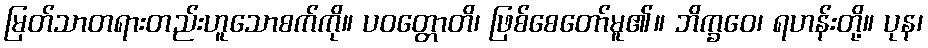
မြတ်သာတရားတည်းဟူသောစက်ကို။ ပဝတ္တောတိ၊ ဖြစ်စေတော်မူ၏။ ဘိက္ခဝေ၊ ရဟန်းတို့။ ပုန၊